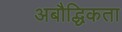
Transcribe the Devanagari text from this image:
अबौद्धिकता